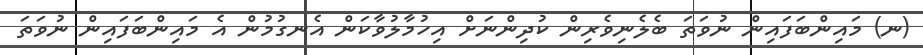
(ނ) މައިންބަފައިން ނުވަތަ ބެލެނިވެރިން ކުދިންނަށް އިހުމާލުވާކަން އެނގުމުން އެ މައިންބަފައިން ނުވަތަ